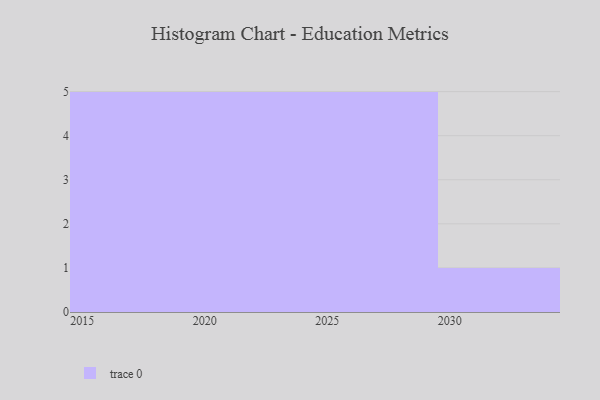
{"axis": {"x": "Year", "y": "Churn Rate (%)"}, "legend": [""], "data": [{"x": "2027", "y": 4, "type": ""}, {"x": "2025", "y": 42, "type": ""}, {"x": "2021", "y": 70, "type": ""}, {"x": "2017", "y": 43, "type": ""}, {"x": "2015", "y": 96, "type": ""}, {"x": "2028", "y": 96, "type": ""}, {"x": "2029", "y": 23, "type": ""}, {"x": "2019", "y": 19, "type": ""}, {"x": "2023", "y": 3, "type": ""}, {"x": "2030", "y": 19, "type": ""}, {"x": "2018", "y": 45, "type": ""}, {"x": "2020", "y": 42, "type": ""}, {"x": "2022", "y": 79, "type": ""}, {"x": "2024", "y": 3, "type": ""}, {"x": "2016", "y": 37, "type": ""}, {"x": "2026", "y": 10, "type": ""}]}